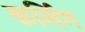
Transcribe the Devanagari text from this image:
कर्लिग